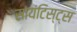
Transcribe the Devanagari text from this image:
सायंटिस्ट्स